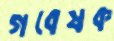
গবেষক